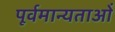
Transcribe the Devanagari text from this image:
पूर्वमान्यताओं